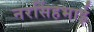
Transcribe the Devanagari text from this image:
नरसिंहभाई